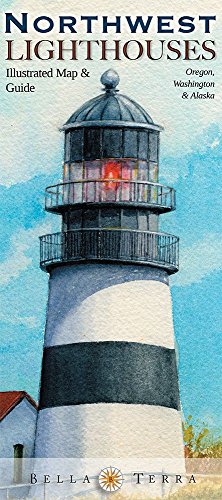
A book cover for Northwest Lighthouses Illustrated Map & Guide; Bella Stander; Travel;